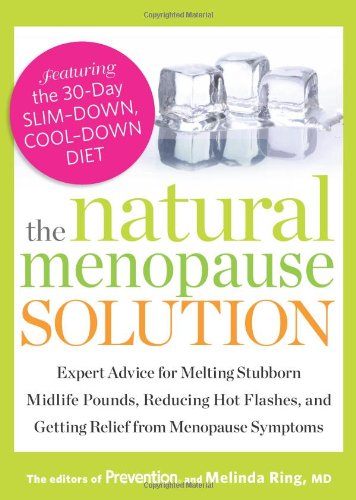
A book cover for The Natural Menopause Solution: Expert Advice for Melting Stubborn Midlife Pounds, Reducing Hot Flashes, and Getting Relief from Menopause Symptoms; The Editors of Prevention Magazine; Health, Fitness & Dieting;